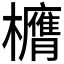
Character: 𭬶